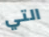
التي